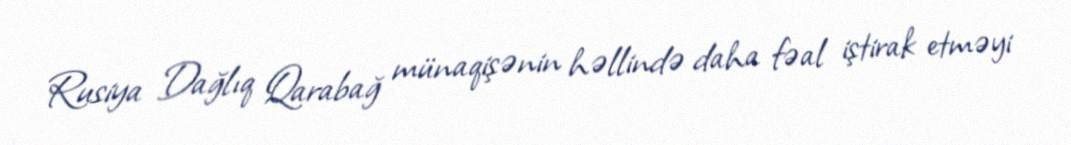
Rusiya Dağlıq Qarabağ münaqişənin həllində daha fəal iştirak etməyi